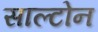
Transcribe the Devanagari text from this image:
साल्टोन